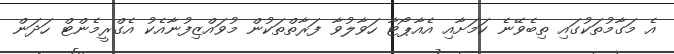
އެ މަގާމުތަކުގައި ތިބެވޭނެ ކަމަށާއި އެއާޕޯޓާ ހަވާލުވާ ފަރާތްތަކުން މުވައްޒިފުނާއެކު އެގްރީމެންޓް ހަދަން